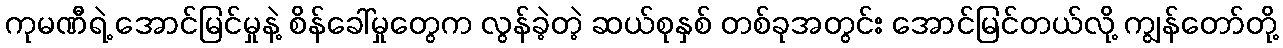
ကုမဏီရဲ့ အောင်မြင်မှုနဲ့ စိန်ခေါ်မှုတွေက လွန်ခဲ့တဲ့ ဆယ်စုနှစ် တစ်ခုအတွင်း အောင်မြင်တယ်လို့ ကျွန်တော်တို့